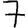
Digit: 7